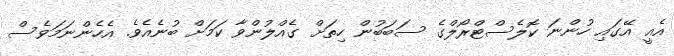
އެއީ އޭގައި ހުންނަ ކޮލެސްޓްރޯލްގެ ސަބަބުން ހިތަށް ގެއްލުންވާ ކަމަށް ބުނެއެވެ. އެހެންނަމަވެސް